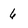
Character: 6